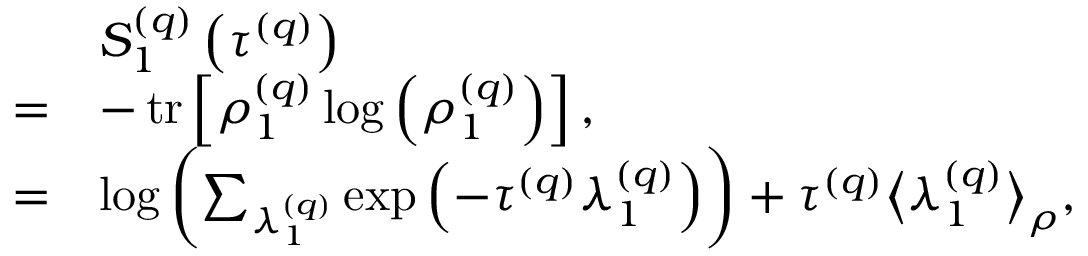
\begin{array} { r l } & { S _ { 1 } ^ { \left( q \right) } \left( \tau ^ { \left( q \right) } \right) } \\ { = } & { - \operatorname { t r } \left[ \rho _ { 1 } ^ { \left( q \right) } \log \left( \rho _ { 1 } ^ { \left( q \right) } \right) \right] , } \\ { = } & { \log \left( \sum _ { \lambda _ { 1 } ^ { \left( q \right) } } \exp \left( - \tau ^ { \left( q \right) } \lambda _ { 1 } ^ { \left( q \right) } \right) \right) + \tau ^ { \left( q \right) } \big \langle \lambda _ { 1 } ^ { \left( q \right) } \big \rangle _ { \rho } , } \end{array}